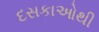
દસકાઓથી